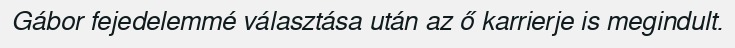
Gábor fejedelemmé választása után az ő karrierje is megindult.